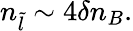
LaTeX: n_{\tilde{l}}\sim 4\delta n_{B}.